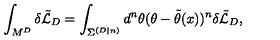
\int _ { M ^ { D } } \delta \tilde { { \cal L } } _ { D } = \int _ { { \Sigma } ^ { ( D | n ) } } d ^ { n } \theta ( \theta - \tilde { \theta } ( x ) ) ^ { n } \delta \tilde { { \cal L } } _ { D } ,